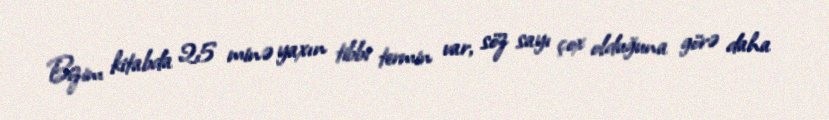
Bizim kitabda 25 minə yaxın tibbi termin var, söz sayı çox olduğuna görə daha